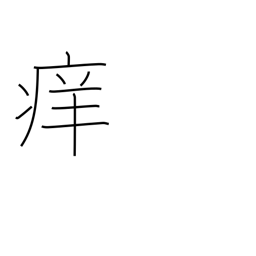
Meaning: itchy